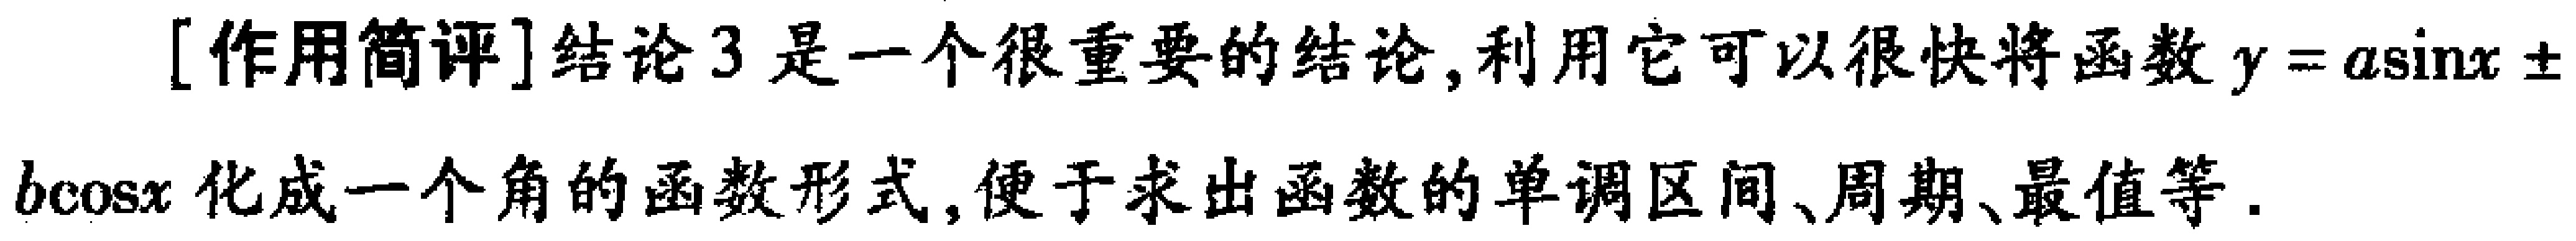
[作用简评]结论3是一个很重要的结论,利用它可以很快将函数$y = a\sin x\pm b\cos x$化成一个角的函数形式,便于求出函数的单调区间、周期、最值等.